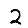
Digit: 2